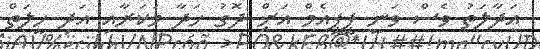
އަދާލަތު ވެސް ވަނީ ޕީޕީއެމް އަށް ދޮގު ހަދާ މަކަރާއި އަދި ހީލަތް